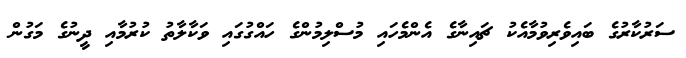
ސަރުކާރުގެ ބައިވެރިވުމާއެކު ޗައިނާގެ އެންމެހައި މުސްލިމުންގެ ހައްގުގައި ވަކާލާތު ކުރުމާއި ދީނުގެ މަގުން